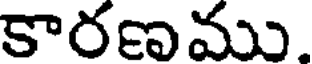
కారణము.